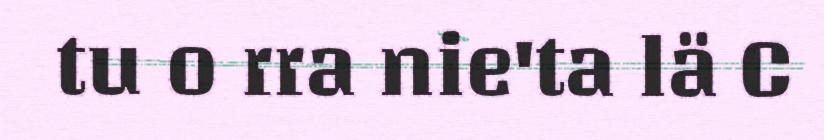
tu o rra nie'ta lä C